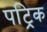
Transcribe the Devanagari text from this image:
पट्रिक